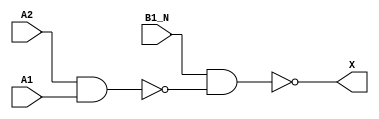
/*
 * Copyright 2020 The SkyWater PDK Authors
 *
 * Licensed under the Apache License, Version 2.0 (the "License");
 * you may not use this file except in compliance with the License.
 * You may obtain a copy of the License at
 *
 *     https://www.apache.org/licenses/LICENSE-2.0
 *
 * Unless required by applicable law or agreed to in writing, software
 * distributed under the License is distributed on an "AS IS" BASIS,
 * WITHOUT WARRANTIES OR CONDITIONS OF ANY KIND, either express or implied.
 * See the License for the specific language governing permissions and
 * limitations under the License.
 *
 * SPDX-License-Identifier: Apache-2.0
*/


`ifndef SKY130_FD_SC_MS__A21BO_BEHAVIORAL_V
`define SKY130_FD_SC_MS__A21BO_BEHAVIORAL_V

/**
 * a21bo: 2-input AND into first input of 2-input OR,
 *        2nd input inverted.
 *
 *        X = ((A1 & A2) | (!B1_N))
 *
 * Verilog simulation functional model.
 */

`timescale 1ns / 1ps
`default_nettype none

`celldefine
module sky130_fd_sc_ms__a21bo (
    X   ,
    A1  ,
    A2  ,
    B1_N
);

    // Module ports
    output X   ;
    input  A1  ;
    input  A2  ;
    input  B1_N;

    // Module supplies
    supply1 VPWR;
    supply0 VGND;
    supply1 VPB ;
    supply0 VNB ;

    // Local signals
    wire nand0_out  ;
    wire nand1_out_X;

    //   Name   Output       Other arguments
    nand nand0 (nand0_out  , A2, A1         );
    nand nand1 (nand1_out_X, B1_N, nand0_out);
    buf  buf0  (X          , nand1_out_X    );

endmodule
`endcelldefine

`default_nettype wire
`endif  // SKY130_FD_SC_MS__A21BO_BEHAVIORAL_V